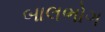
બાલભોગ